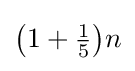
{\bigl (}1+{\tfrac {1}{5}}{\bigr )}n